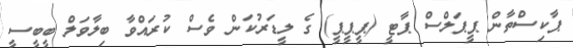
ޕާކިސްތާން ޕީޕަލްސް ޕާޓީ (ޕީޕީޕީ) ގެ ލީޑަރުކަން ވެސް ކުރައްވާ ބިލާވަލް ބީބީސީ